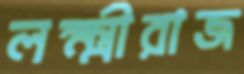
লক্ষ্মীরাজ